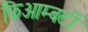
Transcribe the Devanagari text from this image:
फिआम्बर्टी